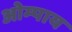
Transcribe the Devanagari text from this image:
ओम्पाय